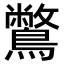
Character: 鷩